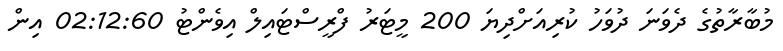
މުބާރާތުގެ ދެވަނަ ދުވަހު ކުރިއަށްދިޔަ 200 މީޓަރު ފްރީސްޓައިލް އިވެންޓު 02:12:60 އިން